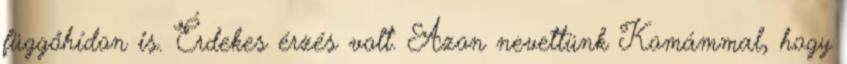
függőhídon is. Érdekes érzés volt. Azon nevettünk Komámmal, hogy